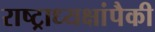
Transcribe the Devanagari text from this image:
राष्ट्राध्यक्षांपैकी